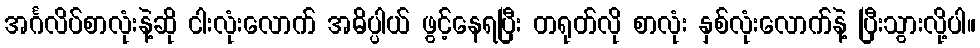
အင်္ဂလိပ်စာလုံးနဲ့ဆို ငါးလုံးလောက် အဓိပ္ပါယ် ဖွင့်နေရပြီး တရုတ်လို စာလုံး နှစ်လုံးလောက်နဲ့ ပြီးသွားလို့ပါ။